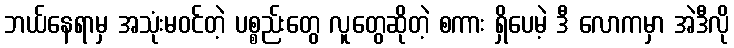
ဘယ်နေရာမှ အသုံးမဝင်တဲ့ ပစ္စည်းတွေ လူတွေဆိုတဲ့ စကား ရှိပေမဲ့ ဒီ လောကမှာ အဲဒီလို